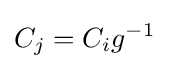
C_{j}=C_{i}g^{-1}